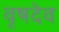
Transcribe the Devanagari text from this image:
वृषदेव